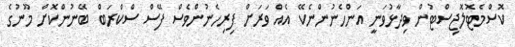
ކޮސްމެޓޮލޮޖިސްޓުން ވިދާޅުވަނީ އަންހެނުންނެކޭ އެއް ވަރަށް ފިރިހެނުންވެސް ފޭސް ސްކްރަބް ބޭނުންކޮށް މޫނުގެ